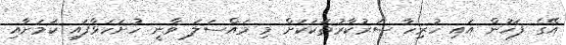
އޭގެ ފަހުން އައި ހުރިހާ ސަރުކާރުތަކަކަށް މި މައްސަލަ ވާނީ ހުށަހަޅާފައި ކަމަށާއި